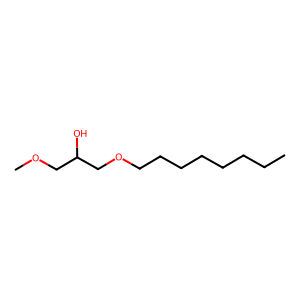
SMILES: CCCCCCCCOCC(O)COC
Inhibits HIV replication: No